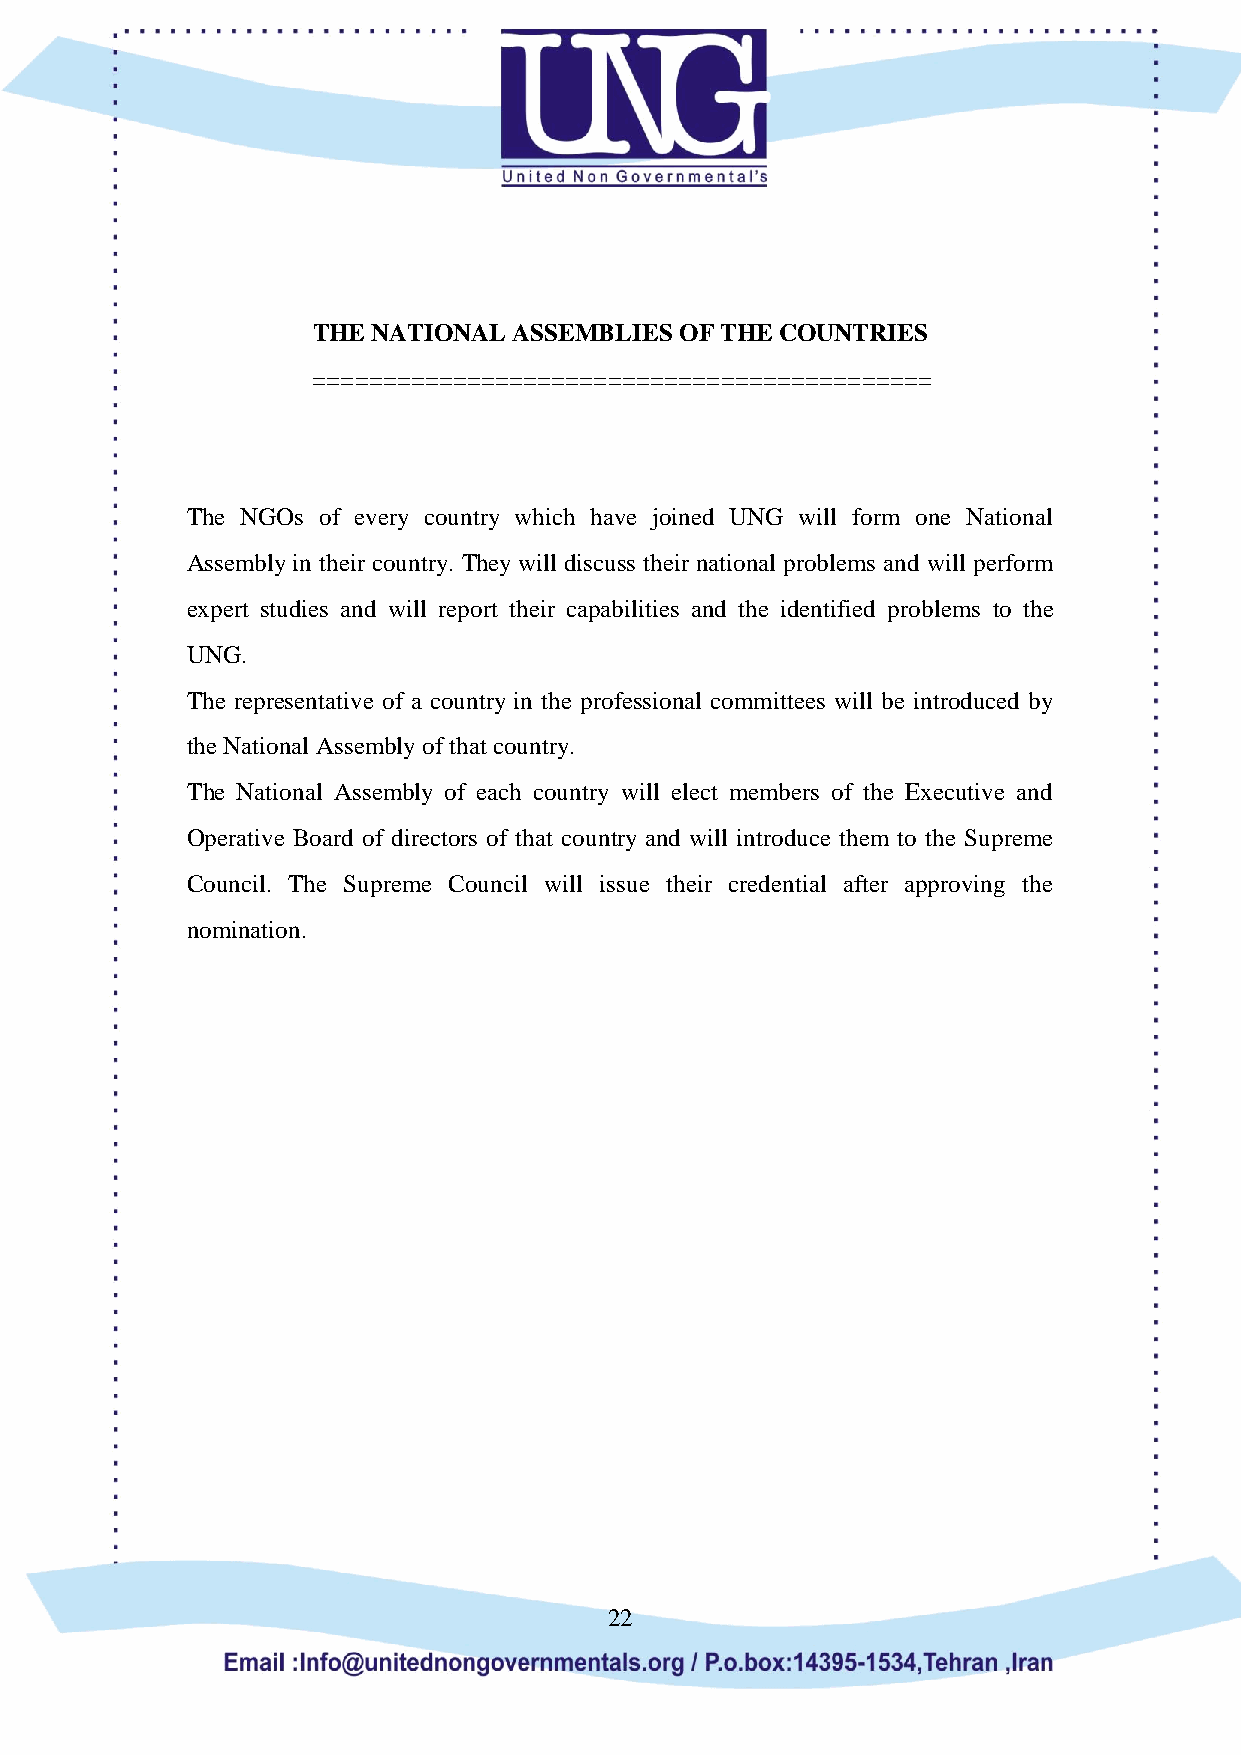
THE NATIONAL ASSEMBLIES OF THE COUNTRIES
 ============================================
 The NGOs of every country which have joined UNG will form one National
 Assembly in their country. They will discuss their national problems and will perform
 expert studies and will report their capabilities and the identified problems to the
 UNG.
 The representative of a country in the professional committees will be introduced by
 the National Assembly of that country.
 The National Assembly of each country will elect members of the Executive and
 Operative Board of directors of that country and will introduce them to the Supreme
 Council. The Supreme Council will issue their credential after approving the
 nomination.
 22